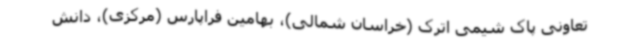
تعاونی پاک شیمی اترک (خراسان شمالی)، بهامین فراپارس (مرکزی)، دانش